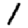
Digit: 1